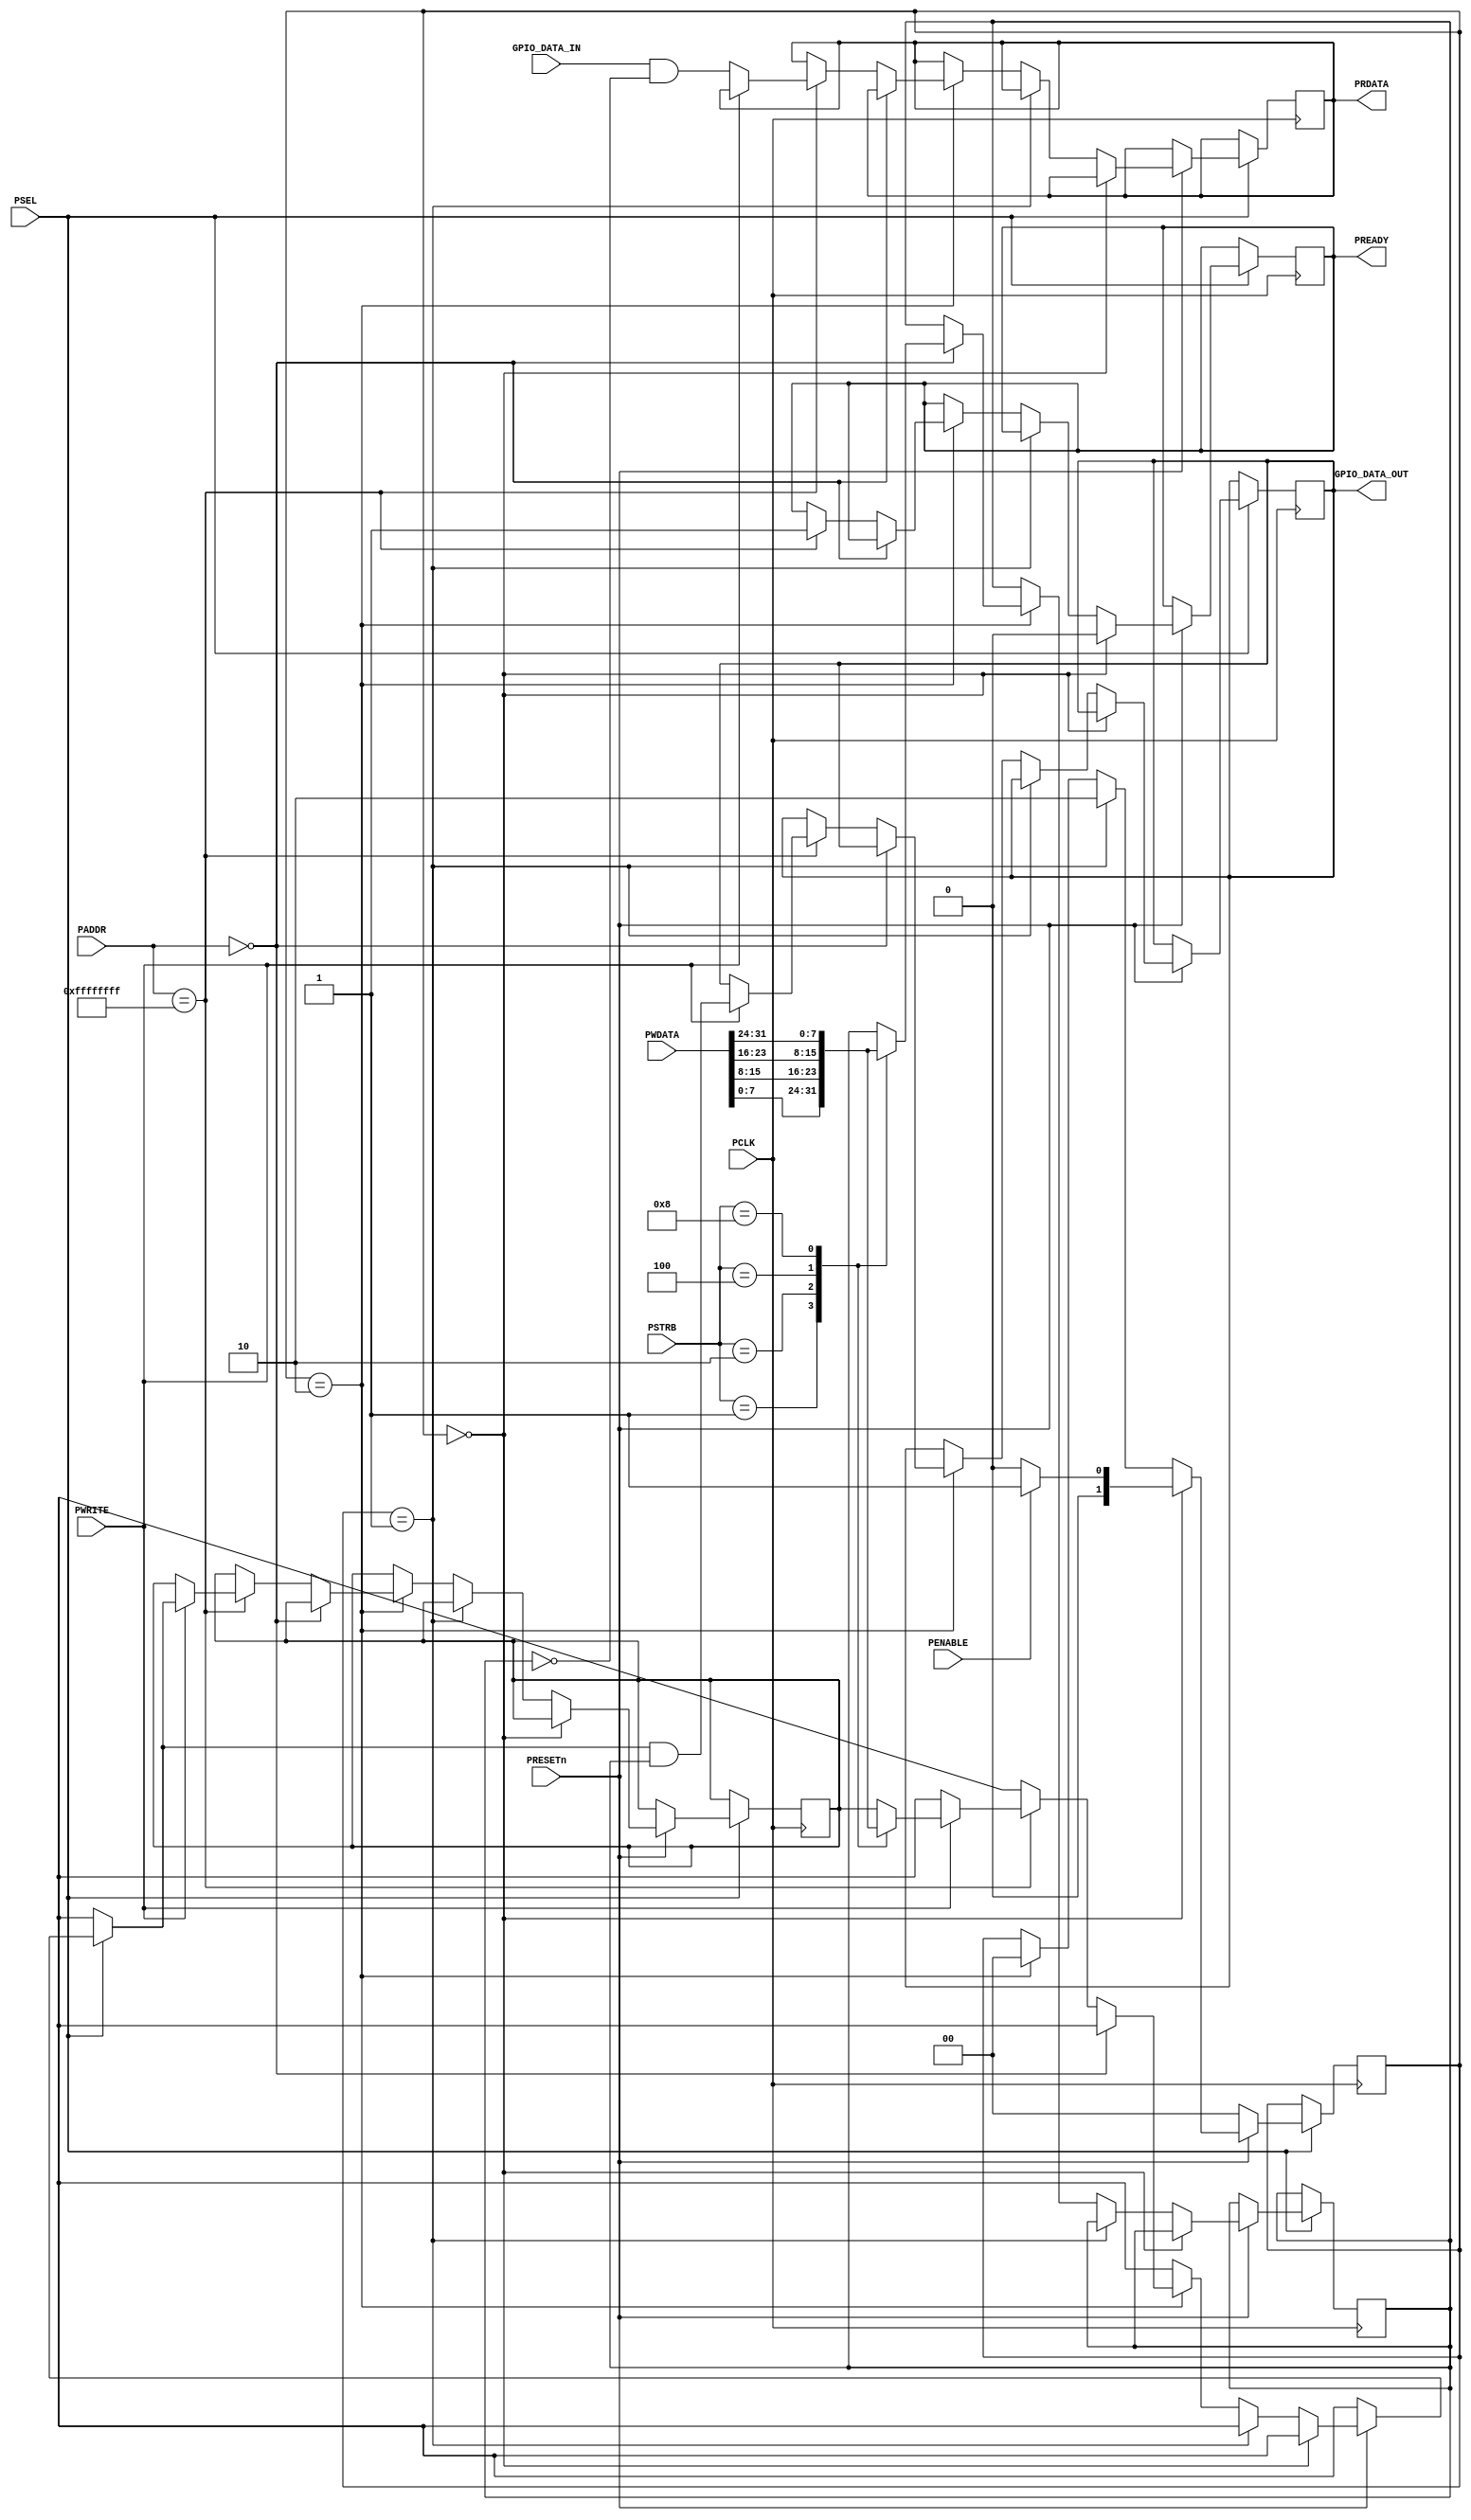
module GPIO (
  input                   PCLK,
  input                   PRESETn, 					// active low 
  input                   PSEL,
  input                   PENABLE, 					// active high
  input                   PWRITE, 					
  output reg  		      PREADY,						// active high
  input     	[3:0] 	  PSTRB,
  input      	[31:0] 	  PADDR,
  output reg 	[31:0] 	  PRDATA, 					// return to the bus 
  input      	[31:0] 	  PWDATA,						// data from CPU
  input  wire	[7:0]	  GPIO_DATA_IN,
  output reg	[7:0]	  GPIO_DATA_OUT
);
	
	reg [7:0] control 		= 8'b00			;
	reg [1:0] NEXT_STATE					;
	reg [1:0] IDLE 							;
	reg [1:0] SETUP 						;
	reg [1:0] ACCESS						;
	reg [7:0] MASTER_DATA;			// 8 bits from STRP
	
	initial begin
		IDLE 	= 2'b00;
		SETUP 	= 2'b01;
		ACCESS	= 2'b10;
		NEXT_STATE = IDLE;
	end
	
	always @(posedge PCLK) begin
		if(PSEL)begin
			if(!PRESETn) begin
				NEXT_STATE = IDLE;
			end
			else begin
				case(NEXT_STATE) 
					IDLE: begin
						PREADY=1'b0;
						if(PENABLE) begin
							NEXT_STATE = SETUP;
						end
						else begin
							NEXT_STATE = IDLE;
						end
					end
					
					SETUP: begin
						NEXT_STATE = ACCESS;
					end
					
					ACCESS: begin
						if(PADDR == {32{1'b0}})begin
							case(PSTRB)
								4'b0001: begin	
									control = PWDATA[7:0];
								end
								4'b0010: begin
									control = PWDATA[15:8];
								end
								4'b0100: begin
									control = PWDATA[23:16];
								end
								4'b1000: begin
									control = PWDATA[31:24];
								end
								default: NEXT_STATE = SETUP;
							endcase
						end
						
						else if(PADDR == {32{1'b1}}) begin
						
							if(PWRITE)begin 										
								case(PSTRB) 
									4'b0001: begin
										MASTER_DATA = PWDATA[7:0];
									end
									4'b0010: begin
										MASTER_DATA = PWDATA[15:8];
									end
									4'b0100: begin
										MASTER_DATA = PWDATA[23:16];
									end
									4'b1000: begin
										MASTER_DATA = PWDATA[31:24];
									end
									default: NEXT_STATE = SETUP;
								endcase
								GPIO_DATA_OUT = MASTER_DATA & control;	//WRITE ON BITS
								PREADY = 1'b1;	
							end
							else											
							begin
								PRDATA = GPIO_DATA_IN & (~control);	//RETURN SELECT READABLE BITS
								PREADY = 1'b1;	
							end	
						end
						NEXT_STATE = IDLE;
					end
				endcase
			end
		end
	end
endmodule